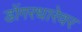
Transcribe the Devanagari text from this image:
डोंगरधारेवर